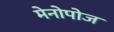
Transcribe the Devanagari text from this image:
मेनोपोज